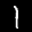
Label: 1